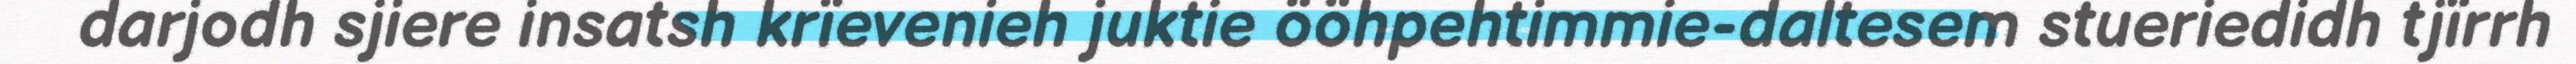
darjodh sjiere insatsh krïevenieh juktie ööhpehtimmie-daltesem stueriedidh tjïrrh